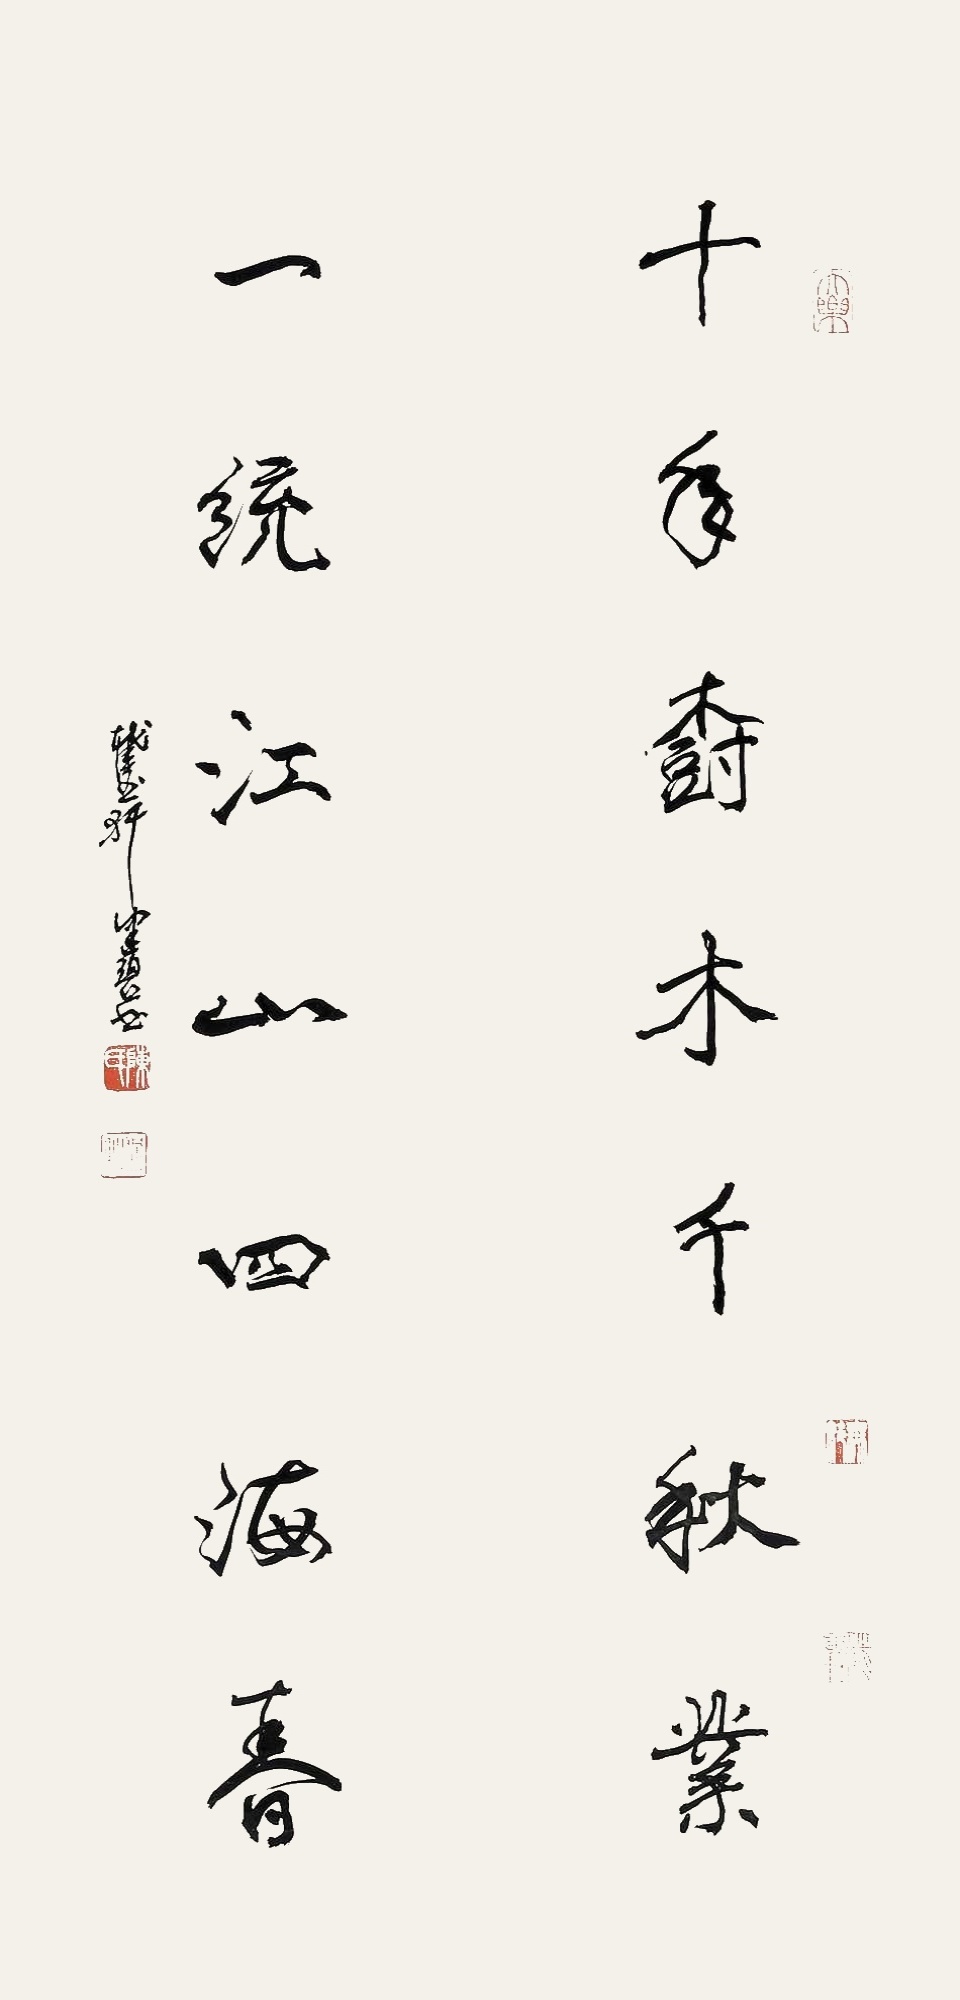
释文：十年树木千秋业，一统江山四海春。截玉轩健碧书。